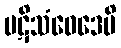
ပဋိသံဝေဒေမိ